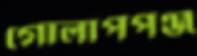
গোলাপপঞ্জ